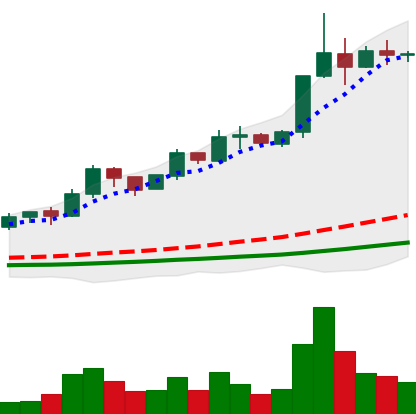
Ticker: ADA-USD
Chart end date: 2019-04-07
Forward return: -7.759%
Label: down_7plus